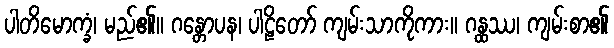
ပါတိမောက္ခံ၊ မည်၏။ ဂန္တောပန၊ ပါဠိတော် ကျမ်းသာကိုကား။ ဂန္ထဿ၊ ကျမ်းစာ၏